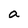
Character: a